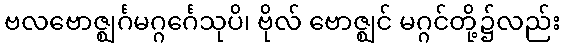
ဗလဗောဇ္ဈင်္ဂမဂ္ဂင်္ဂေသုပိ၊ ဗိုလ် ဗောဇ္ဈင် မဂ္ဂင်တို့၌လည်း